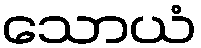
သောယံ